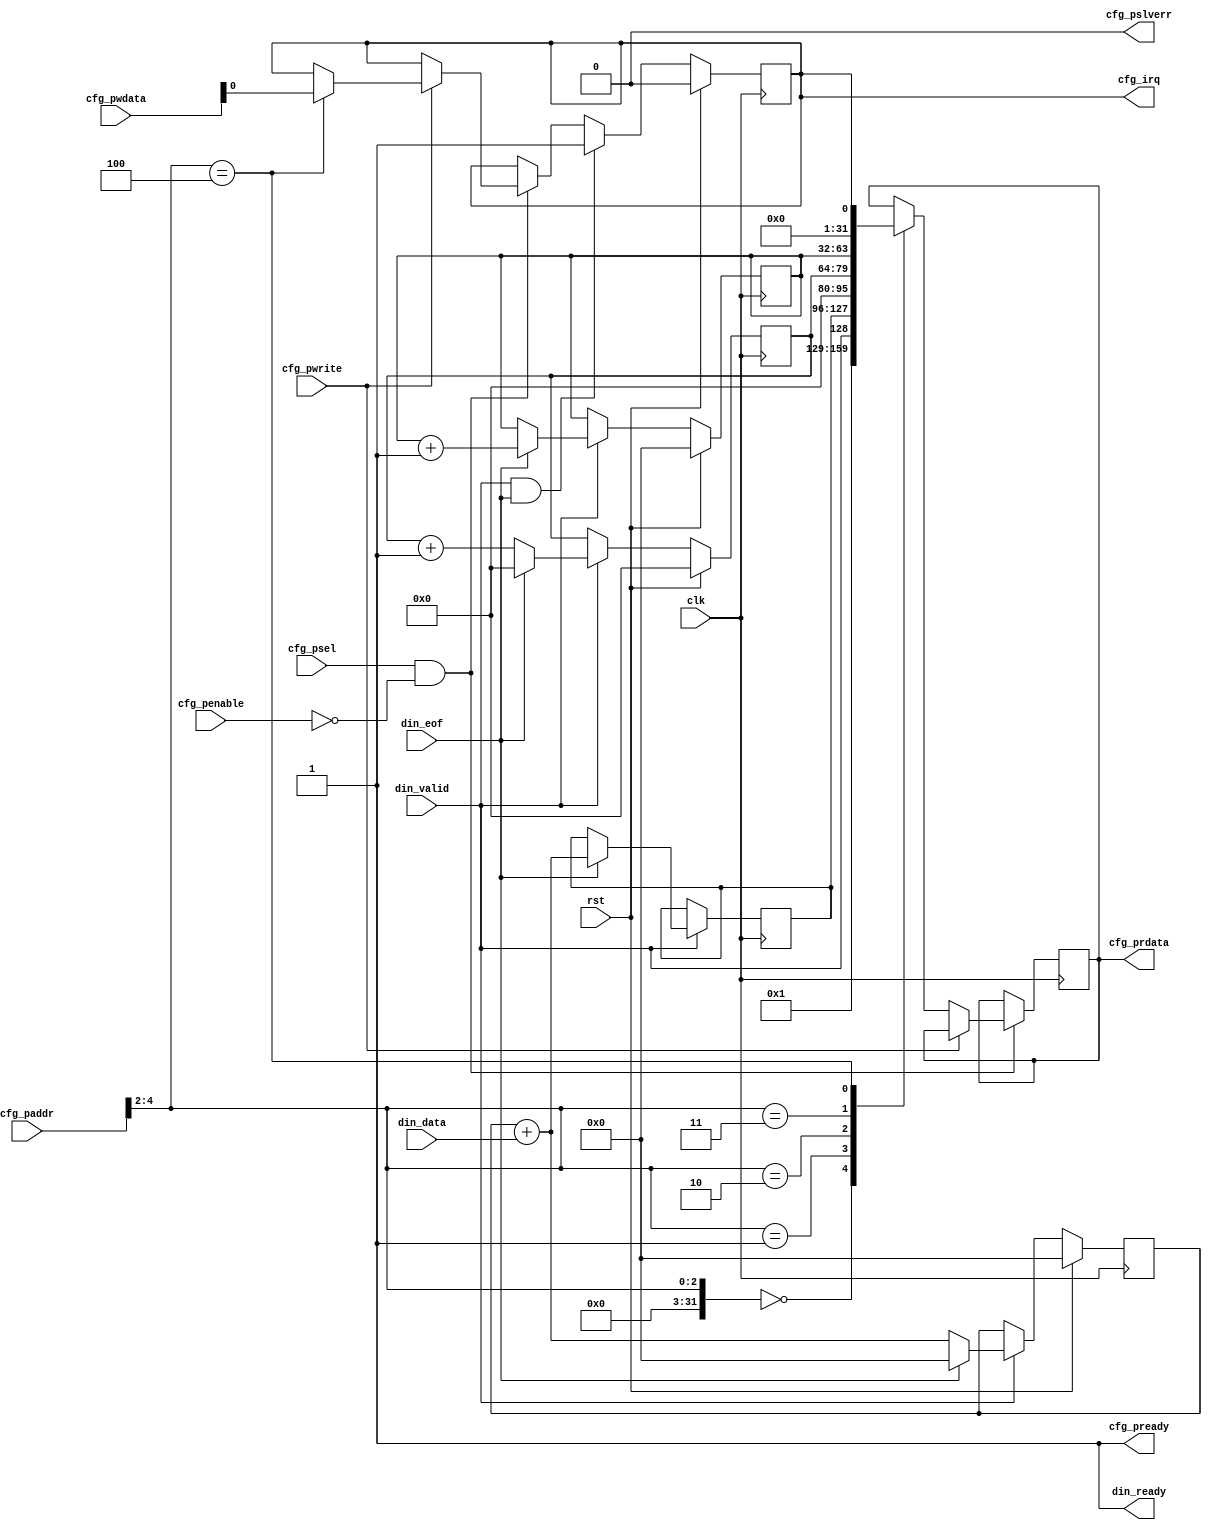
// Copyright 2019 Google LLC
//
// Licensed under the Apache License, Version 2.0 (the "License");
// you may not use this file except in compliance with the License.
// You may obtain a copy of the License at
//
//     https://www.apache.org/licenses/LICENSE-2.0
//
// Unless required by applicable law or agreed to in writing, software
// distributed under the License is distributed on an "AS IS" BASIS,
// WITHOUT WARRANTIES OR CONDITIONS OF ANY KIND, either express or implied.
// See the License for the specific language governing permissions and
// limitations under the License.
//
// -----------------------------------------------------------------------------
// Frame Sink
// -----------------------------------------------------------------------------
// Acts as a sink for a stream of data frames. An interrtupt is generated at the
// end of each frame and a checksum is exposed over the APB bus.
//
// -----------------------------------------------------------------------------
module frame_sink #(
  parameter DataBits = 8)
(
  input                 clk,
  input                 rst,
  //
  input [4:0]           cfg_paddr,
  input                 cfg_pwrite,
  input [31:0]          cfg_pwdata,
  input                 cfg_psel,
  input                 cfg_penable,
  output                cfg_pready,
  output reg [31:0]     cfg_prdata,
  output                cfg_pslverr,
  output reg            cfg_irq,
  //
  input                 din_valid,
  output                din_ready,
  input  [DataBits-1:0] din_data,
  input                 din_eof
);

  // -------------
  //  Address Map
  // -------------
  localparam StatusAddr     = 0, // RO: Stream Status for debug, bit[0]=din_valid, bit[1]=din_ready
             ChecksumAddr   = 1, // RO: checksum of last received frame
             PosCountAddr   = 2, // RO: position in the current frame
             FrameCountAddr = 3, // RO: number of frames received
             IrqAddr        = 4; // RW: irq register, latched high at end of frame, write '0' to clear

  // --------------
  // APB Interface
  // --------------
  assign cfg_pready  = 1;   // APB slave is always ready
  assign cfg_pslverr = 0;   // slave error is unused


  reg [31:0] frame_count;
  reg [31:0] checksum, checksum_r;
  reg [15:0] pos;


  always @(posedge clk) begin :cfg
    integer addr_i;
    addr_i = cfg_paddr >> 2; // convert to word address

    if (cfg_psel && !cfg_penable) begin
      // register writing
      if (cfg_pwrite) begin
        case (addr_i)
          IrqAddr:  cfg_irq <= cfg_pwdata[0];
        endcase

      // register reading
      end else begin
        case (addr_i)
          StatusAddr:     cfg_prdata <= {din_ready, din_valid};
          ChecksumAddr:   cfg_prdata <= checksum_r;
          PosCountAddr:   cfg_prdata <= pos;
          FrameCountAddr: cfg_prdata <= frame_count;
          IrqAddr:        cfg_prdata <= cfg_irq;
        endcase
      end
    end

    // latch irq
    if (din_valid & din_ready & din_eof)
      cfg_irq <= 1;

    if (rst) begin
      cfg_irq <= 0;
    end

  end

  // -----------
  // Frame Sink
  // -----------
  always @(posedge clk) begin

    if (din_valid && din_ready) begin
      if (din_eof) begin
        pos         <= 0;
        frame_count <= frame_count + 1;
        checksum_r  <= checksum + din_data;
        checksum    <= 0;
      end else begin
        pos      <= pos + 1;
        checksum <= checksum + din_data;
      end
    end

    if (rst) begin
      checksum    <= 0;
      pos         <= 0;
      frame_count <= 0;
    end
  end

  assign din_ready = 1;

endmodule